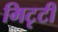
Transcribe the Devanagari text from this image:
मिटृटी